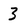
Character: 3